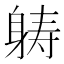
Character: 𮜶